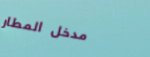
مدخل المطار